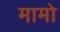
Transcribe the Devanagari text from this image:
मामो